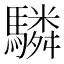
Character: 驎